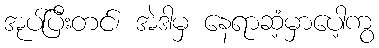
အုပ်ပြီးတင်၊ အဲဒါမှ နေရာဆံ့မှာပေါ့ကွ